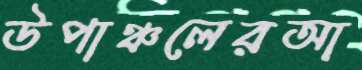
উপাঞ্চলেরআ